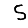
Digit: 5